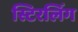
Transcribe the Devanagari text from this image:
स्टिरलिंग